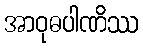
အာဝုဓပါဏိဿ